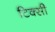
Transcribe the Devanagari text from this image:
टिक्सी